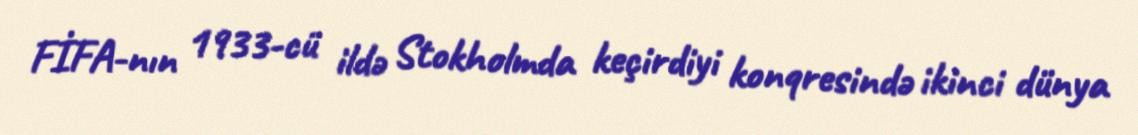
FİFA-nın 1933-cü ildə Stokholmda keçirdiyi konqresində ikinci dünya